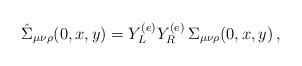
LaTeX: \begin{align*}\hat{\Sigma}_{\mu\nu\rho}(0,x,y)=Y_L^{(e)}Y_R^{(e)}\,\Sigma_{\mu\nu\rho}(0,x,y)\, ,\end{align*}